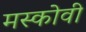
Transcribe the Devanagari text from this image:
मस्कोवी